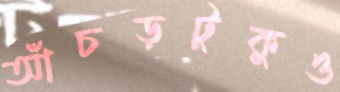
আঁচড়টুকুও